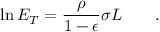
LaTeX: \ln E _ { T } = \frac { \rho } { 1 - \epsilon } \sigma L \qquad .